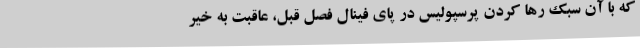
که با آن سبک رها کردن پرسپولیس در پای فینال فصل قبل، عاقبت به خیر